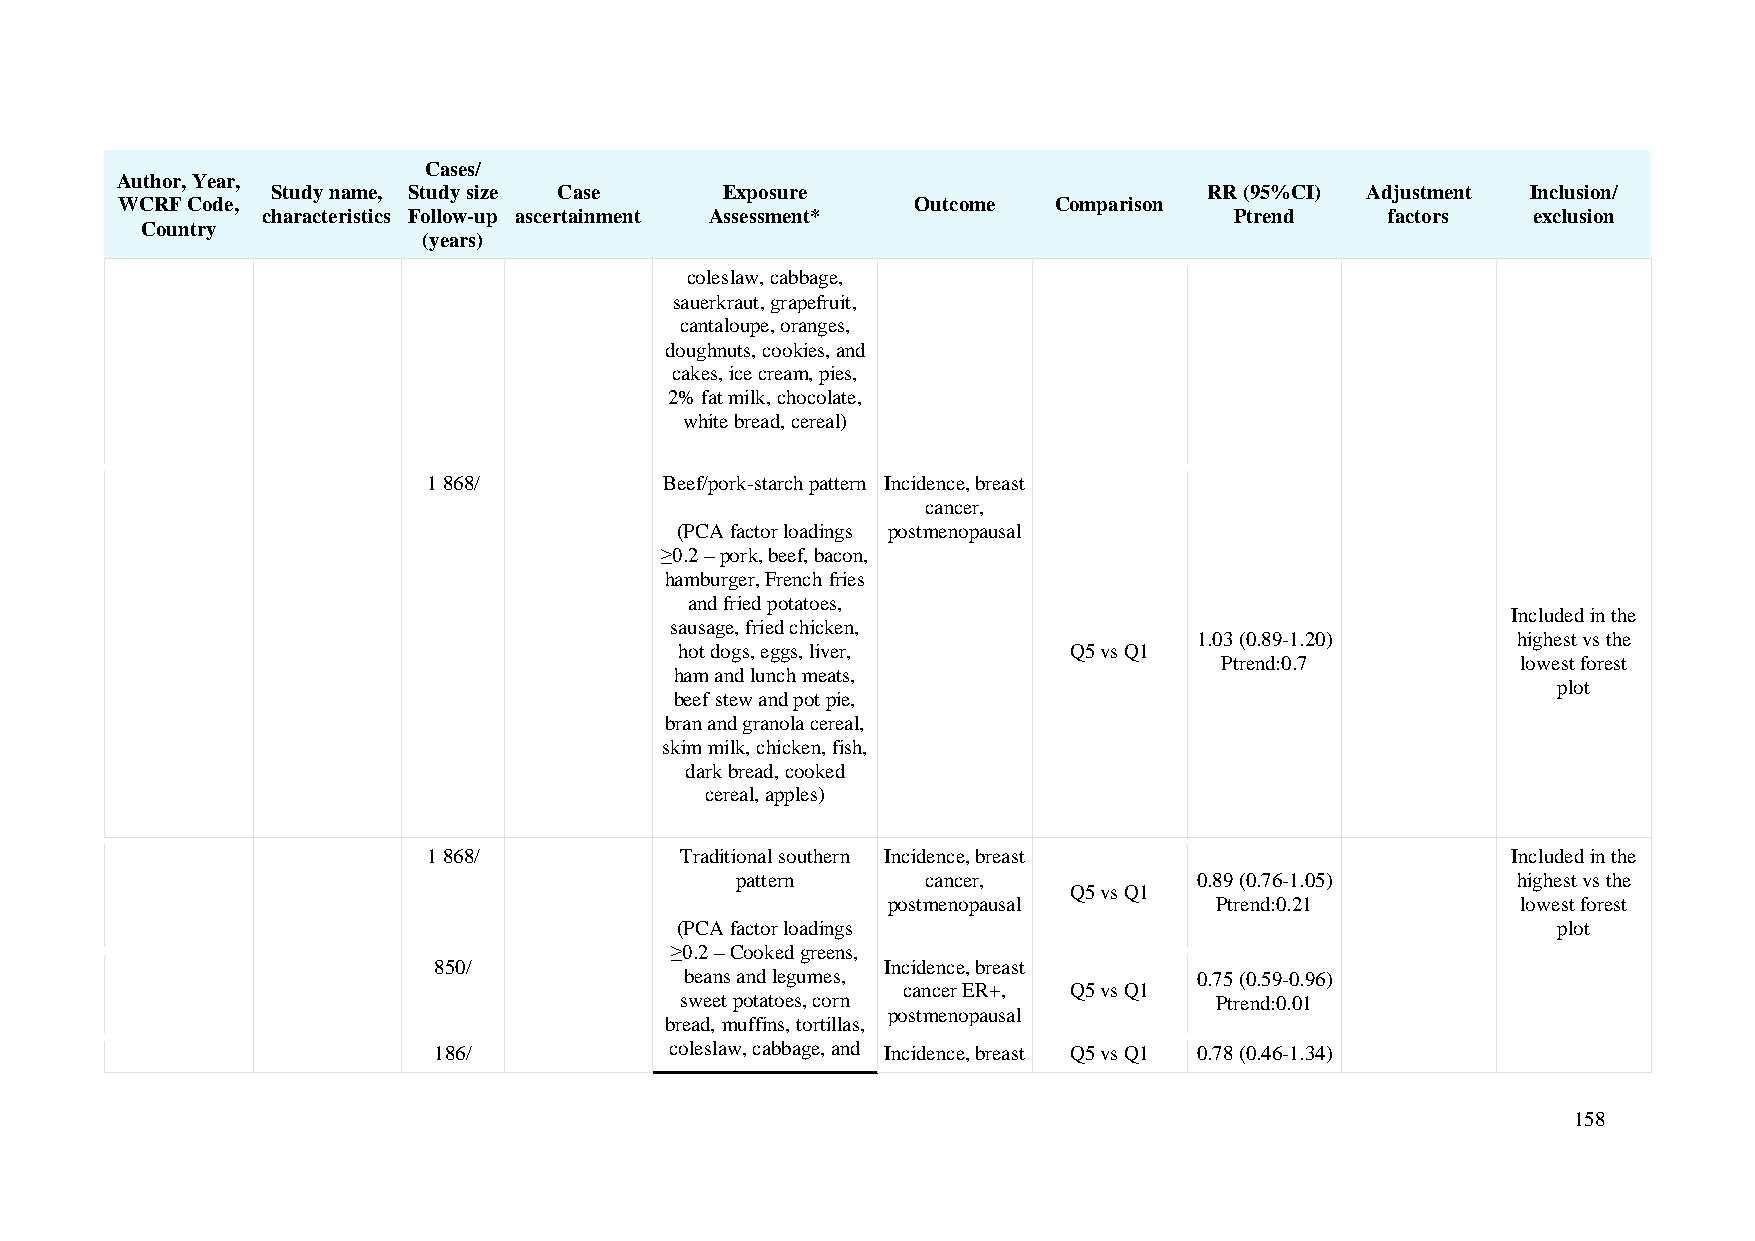
Cases/
 Author, Year,
 Study name, Study size Case   Exposure                        RR (95%CI) Adjustment Inclusion/
 WCRF Code,                                           Outcome  Comparison
 characteristics Follow-up ascertainment Assessment*              Ptrend    factors  exclusion
 Country
 (years)
 coleslaw, cabbage,
 sauerkraut, grapefruit,
 cantaloupe, oranges,
 doughnuts, cookies, and
 cakes, ice cream, pies,
 2% fat milk, chocolate,
 white bread, cereal)
 1 868/          Beef/pork-starch pattern Incidence, breast
 cancer,
 (PCA factor loadings postmenopausal
 ≥0.2 – pork, beef, bacon,
 hamburger, French fries
 and fried potatoes,
 Included in the
 sausage, fried chicken,
 1.03 (0.89-1.20)     highest vs the
 hot dogs, eggs, liver,    Q5 vs Q1
 Ptrend:0.7          lowest forest
 ham and lunch meats,
 plot
 beef stew and pot pie,
 bran and granola cereal,
 skim milk, chicken, fish,
 dark bread, cooked
 cereal, apples)
 1 868/           Traditional southern Incidence, breast                 Included in the
 pattern     cancer,           0.89 (0.76-1.05)     highest vs the
 Q5 vs Q1
 postmenopausal       Ptrend:0.21          lowest forest
 (PCA factor loadings                                      plot
 ≥0.2 – Cooked greens,
 850/                          Incidence, breast
 beans and legumes,                0.75 (0.59-0.96)
 cancer ER+, Q5 vs Q1
 sweet potatoes, corn               Ptrend:0.01
 postmenopausal
 bread, muffins, tortillas,
 186/           coleslaw, cabbage, and Incidence, breast Q5 vs Q1 0.78 (0.46-1.34)
 158